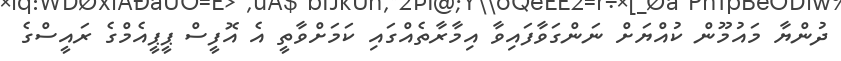
ދުންޔާ މައުމޫން ކުއްޔަށް ނަންގަވާފައިވާ އިމާރާތެއްގައި ކަމަށްވާތީ އެ އޮފީސް ޕީޕީއެމްގެ ރައީސްގެ